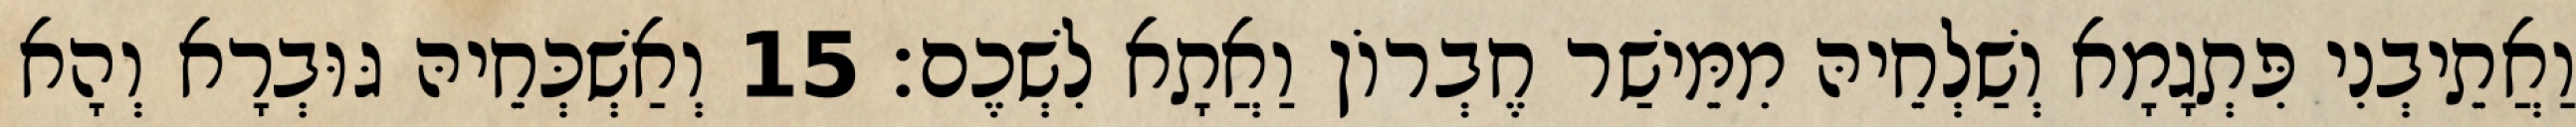
וַאֲתֵיבְנִי פִּתְגָמָא וְשַׁלְחֵיהּ מִמֵּישַׁר חֶבְרוֹן וַאֲתָא לִשְׁכֶם׃ 15 וְאַשְׁכְּחֵיהּ גּוּבְרָא וְהָא